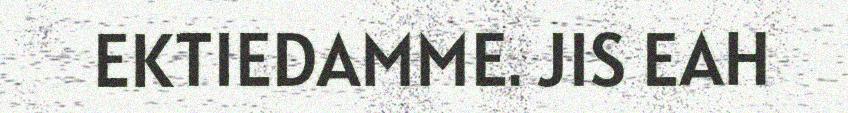
EKTIEDAMME. JIS EAH